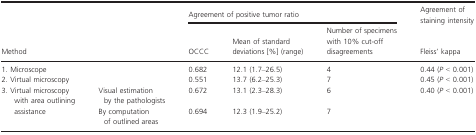
<table><thead><tr><td></td><td></td><td colspan="3"><b>Agreement of positive tumor ratio</b></td><td><b>Agreement of staining intensity</b></td></tr><tr><td><b>Method</b></td><td></td><td><b>OCCC</b></td><td><b>Mean of standard deviations [%] (range)</b></td><td><b>Number of specimens with 10% cut-off disagreements</b></td><td><b>Fleiss’ kappa</b></td></tr></thead><tbody><tr><td colspan="2">1. Microscope</td><td>0.682</td><td>12.1 (1.7–26.5)</td><td>4</td><td>0.44 (<i>P</i> &lt; 0.001)</td></tr><tr><td colspan="2">2. Virtual microscopy</td><td>0.551</td><td>13.7 (6.2–25.3)</td><td>7</td><td>0.45 (<i>P</i> &lt; 0.001)</td></tr><tr><td rowspan="2">3. Virtual microscopy with area outlining assistance</td><td>Visual estimation by the pathologists</td><td>0.672</td><td>13.1 (2.3–28.3)</td><td>6</td><td rowspan="2">0.40 (<i>P</i> &lt; 0.001)</td></tr><tr><td>By computation of outlined areas</td><td>0.694</td><td>12.3 (1.9–25.2)</td><td>7</td></tr></tbody></table>